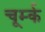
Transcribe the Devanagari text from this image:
चूर्म्क